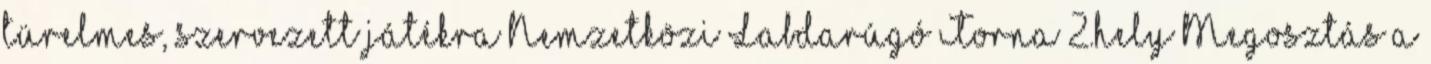
türelmes, szervezett játékra Nemzetközi Labdarúgó Torna 2.hely Megosztás a